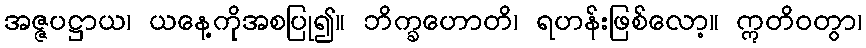
အဇ္ဇပဋ္ဌာယ၊ ယနေ့ကိုအစပြု၍။ ဘိက္ခဟောတိ၊ ရဟန်းဖြစ်လော့။ ဣတိဝတွာ၊